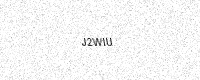
Text: J2WIU